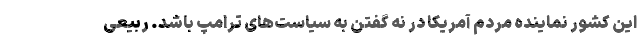
این کشور نماینده مردم آمریکا در نه گفتن به سیاست‌های ترامپ باشد. ربیعی